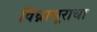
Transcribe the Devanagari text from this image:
विघ्नासूराचा